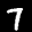
Label: 7